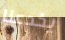
يخدعنا